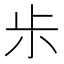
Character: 𰍪